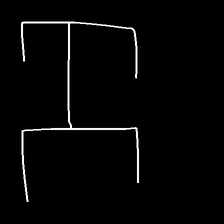
Glyph: entwine